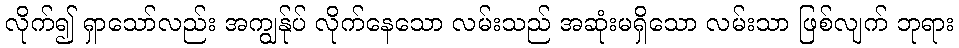
လိုက်၍ ရှာသော်လည်း အကျွန်ုပ် လိုက်နေသော လမ်းသည် အဆုံးမရှိသော လမ်းသာ ဖြစ်လျက် ဘုရား